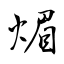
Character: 煝